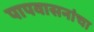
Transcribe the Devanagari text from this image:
पापवासनांचा